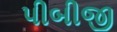
પીબીજી